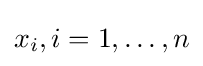
x_{i},i=1,\dots ,n